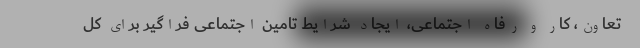
تعاون، کار و رفاه اجتماعی، ایجاد شرایط تامین اجتماعی فراگیر برای کل